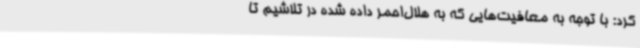
کرد: با توجه به معافیت‌هایی که به هلال‌احمر داده شده در تلاشیم تا